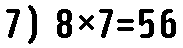
7) 8×7=56